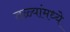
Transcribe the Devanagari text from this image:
तळ्यांमध्ये